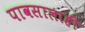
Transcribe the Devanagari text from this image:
पावसालाही